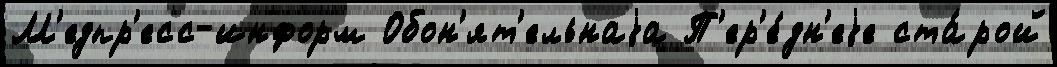
М'едпр'есс-информ Обон'ят'ельнаjа П'ер'е́дн'еjе ста́рой